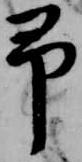
予